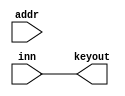
module InputEquipment(inn,addr,keyout);
  input [31:0]inn;
  input [3:2]addr;
  output [31:0]keyout;
  
  assign keyout=inn;
  
  
endmodule